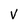
Character: V